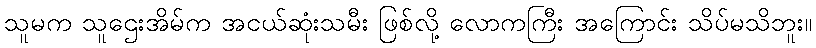
သူမက သူဌေးအိမ်က အငယ်ဆုံးသမီး ဖြစ်လို့ လောကကြီး အကြောင်း သိပ်မသိဘူး။